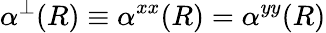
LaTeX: \alpha^{\perp}(R)\equiv\alpha^{xx}(R)=\alpha^{yy}(R)